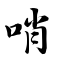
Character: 哨